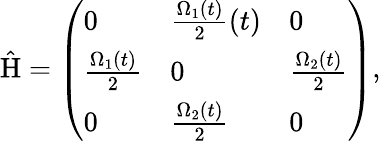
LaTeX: \mathrm{\hat{H}}=\left(\begin{array}{lll}{0}&{\frac{\Omega_{1}(t)}{2}(t)}&{0}\\ {\frac{\Omega_{1}(t)}{2}}&{0}&{\frac{\Omega_{2}(t)}{2}}\\ {0}&{\frac{\Omega_{2}(t)}{2}}&{0}\end{array}\right),